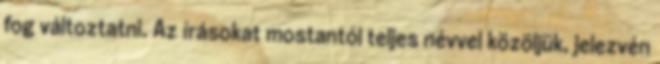
fog változtatni. Az írásokat mostantól teljes névvel közöljük, jelezvén